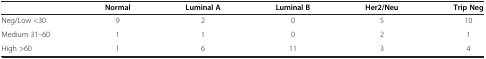
|  | Normal | Luminal A | Luminal B | Her2/Neu | Trip Neg |
 | --- | --- | --- | --- | --- | --- |
 | Neg/Low <30 | 9 | 2 | 0 | 5 | 10 |
 | Medium 31–60 | 1 | 1 | 0 | 2 | 1 |
 | High >60 | 1 | 6 | 11 | 3 | 4 |